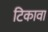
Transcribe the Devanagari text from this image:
टिकावा